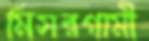
মিসরগামী